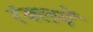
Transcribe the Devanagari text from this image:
रंबलमें